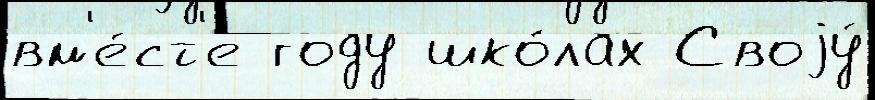
вм'е́ст'е году шко́лах Своjу́